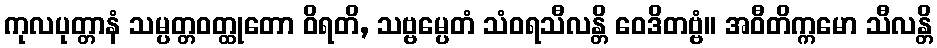
ကုလပုတ္တာနံ သမ္ပတ္တဝတ္ထုတော ဝိရတိ, သဗ္ဗမ္ပေတံ သံဝရသီလန္တိ ဝေဒိတဗ္ဗံ။ အဝီတိက္ကမော သီလန္တိ